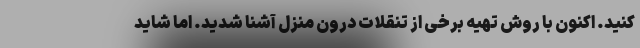
کنید. اکنون با روش تهیه برخی از تنقلات درون منزل آشنا شدید. اما شاید